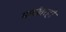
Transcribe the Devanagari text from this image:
मार्गांवरही